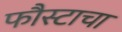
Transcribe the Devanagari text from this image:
फौस्टाचा